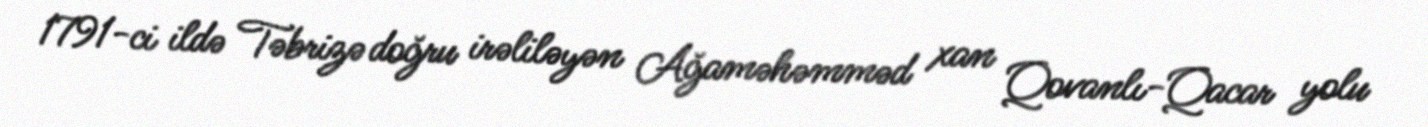
1791-ci ildə Təbrizə doğru irəliləyən Ağaməhəmməd xan Qovanlı-Qacar yolu